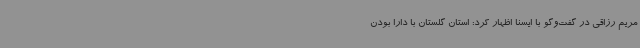
مریم رزاقی در گفت‌وگو با ایسنا اظهار کرد: استان گلستان با دارا بودن